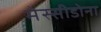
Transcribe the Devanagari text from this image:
मेस्सीडोना